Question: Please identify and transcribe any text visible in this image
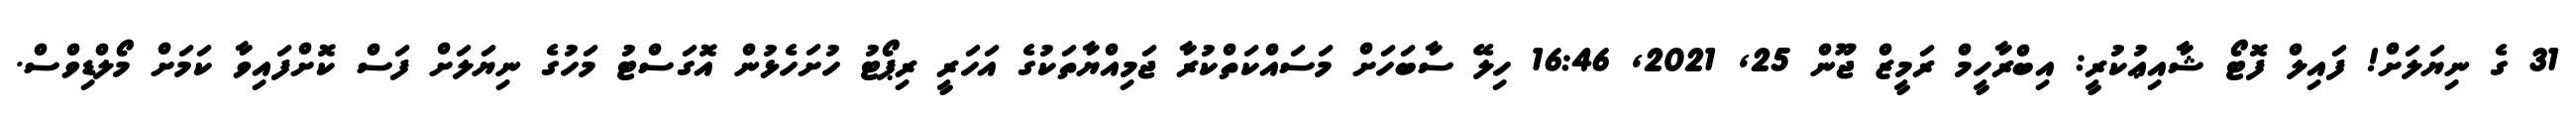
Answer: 31 ގެ ނިޔަލަށް! ފައިލް ފޮޓޯ ޝާއިޢުކުރީ: އިބްރާހީމް ރަމީޒް ޖޫން 25, 2021, 16:46 ހިލޭ ސާބަހަށް މަސައްކަތްކުރާ ޖަމިއްޔާތަކުގެ އަހަރީ ރިޕޯޓު ހުށަހެޅުން އޮގަސްޓު މަހުގެ ނިޔަލަށް ފަސް ކޮށްފައިވާ ކަމަށް މޯލްޑިވްސް.